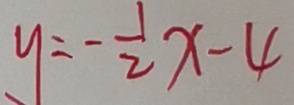
y = - \frac { 1 } { 2 } x - 4